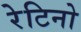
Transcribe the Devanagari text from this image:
रेटिनो